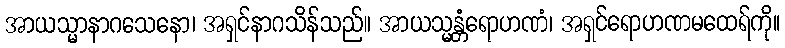
အာယသ္မာနာဂသေနော၊ အရှင်နာဂသိန်သည်။ အာယသ္မန္တံရောဟဏံ၊ အရှင်ရောဟဏမထေရ်ကို။